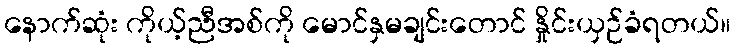
နောက်ဆုံး ကိုယ့်ညီအစ်ကို မောင်နှမချင်းတောင် နှိုင်းယှဉ်ခံရတယ်။